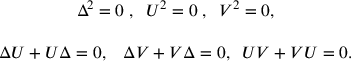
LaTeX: \begin{array} { c c } { { \Delta ^ { 2 } = 0 \; , \; \; U ^ { 2 } = 0 \; , \; \; V ^ { 2 } = 0 , } } & { { } } \\ { { } } & { { } } \\ { { \Delta U + U \Delta = 0 , \; \; \; \Delta V + V \Delta = 0 , \; \; U V + V U = 0 . } } & { { } } \end{array}